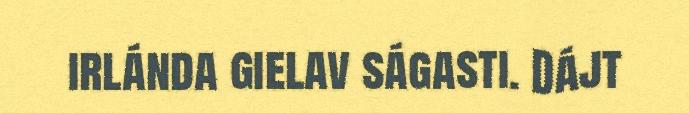
irlánda gielav ságasti. Dájt